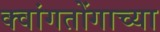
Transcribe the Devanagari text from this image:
क्वांगतोंगाच्या